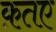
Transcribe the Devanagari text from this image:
क़तए